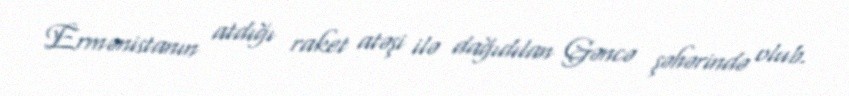
Ermənistanın atdığı raket atəşi ilə dağıdılan Gəncə şəhərində olub.